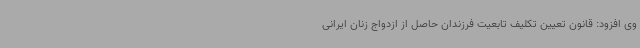
وی افزود: قانون تعیین تکلیف تابعیت فرزندان حاصل از ازدواج زنان ایرانی